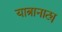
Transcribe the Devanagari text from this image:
यात्रानाट्य